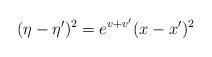
LaTeX: \begin{align*}(\eta -\eta')^2 = e^{v+v'} (x-x')^2\end{align*}